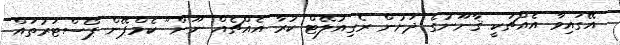
އޭގައިވާ އެއްޗަކީ ޤާނޫނުގެ ދަށުން ރެގިއުލޭޓް ކުރާ އެއްޗެއް ނޫން" ކެމްޕޭން ޕޯސްޓަރުތައް